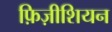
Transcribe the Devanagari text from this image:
फ़िज़ीशियन